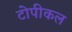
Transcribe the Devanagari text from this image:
टोपीकल